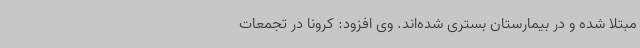
مبتلا شده و در بیمارستان بستری شده‌اند. وی افزود: کرونا در تجمعات